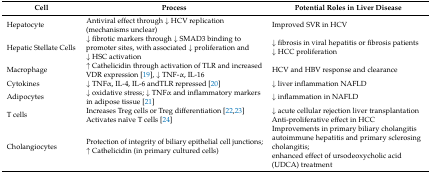
<table><thead><tr><td><b>Cell</b></td><td><b>Process</b></td><td><b>Potential Roles in Liver Disease</b></td></tr></thead><tbody><tr><td>Hepatocyte</td><td>Antiviral effect through ↓ HCV replication (mechanisms unclear)</td><td>Improved SVR in HCV</td></tr><tr><td>Hepatic Stellate Cells</td><td>↓ fibrotic markers through ↓ SMAD3 binding to promoter sites, with associated ↓ proliferation and ↓ HSC activation</td><td>↓ fibrosis in viral hepatitis or fibrosis patients ↓ HCC proliferation</td></tr><tr><td>Macrophage</td><td>↑ Cathelicidin through activation of TLR and increased VDR expression [19], ↓ TNF-α, IL-16</td><td>HCV and HBV response and clearance</td></tr><tr><td>Cytokines</td><td>↓ TNFα, IL-4, IL-6 andTLR repressed [20]</td><td>↓ liver inflammation NAFLD</td></tr><tr><td>Adipocytes</td><td>↓ oxidative stress; ↓ TNFα and inflammatory markers in adipose tissue [21]</td><td>↓ inflammation in NAFLD</td></tr><tr><td>T cells</td><td>Increases Treg cells or Treg differentiation [22,23] Activates naïve T cells [24]</td><td><i>↓</i> acute cellular rejection liver transplantation Anti-proliferative effect in HCC</td></tr><tr><td>Cholangiocytes</td><td>Protection of integrity of biliary epithelial cell junctions; ↑ Cathelicidin (in primary cultured cells)</td><td>Improvements in primary biliary cholangitis autoimmune hepatitis and primary sclerosing cholangitis; enhanced effect of ursodeoxycholic acid (UDCA) treatment</td></tr></tbody></table>